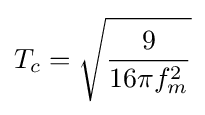
T_{c}={\sqrt {\frac {9}{16\pi f_{m}^{2}}}}